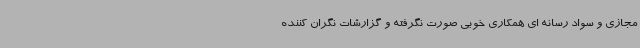
مجازی و سواد رسانه ای همکاری خوبی صورت نگرفته و گزارشات نگران کننده